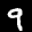
Label: 9